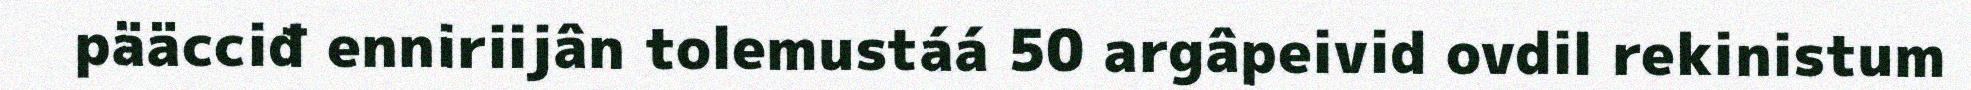
pääcciđ enniriijân tolemustáá 50 argâpeivid ovdil rekinistum